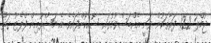
ޖުމްލަ 122 ފަރާތަކުން ވަނީ އެއްބަސްވުމުގައި ސޮއިކޮށްފައެވެ. އެ މަޝްރޫއިން ފްލެޓު ގަތް